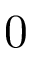
0